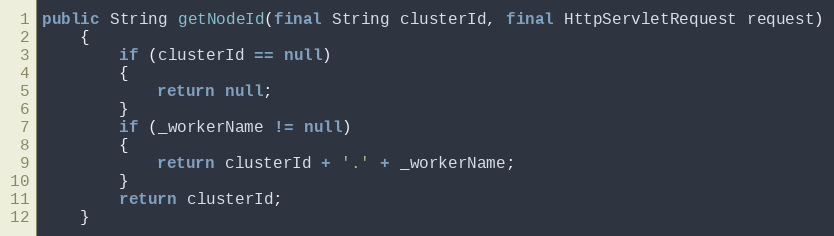
Language: Java
public String getNodeId(final String clusterId, final HttpServletRequest request)
    {
        if (clusterId == null)
        {
            return null;
        }
        if (_workerName != null)
        {
            return clusterId + '.' + _workerName;
        }
        return clusterId;
    }